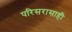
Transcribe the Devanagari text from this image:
परिसरासाही